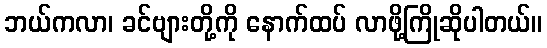
ဘယ်ကလာ၊ ခင်ဗျားတို့ကို နောက်ထပ် လာဖို့ကြိုဆိုပါတယ်။